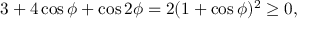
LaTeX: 3 + 4 \cos \phi + \cos 2 \phi = 2 ( 1 + \cos \phi ) ^ { 2 } \geq 0 ,